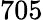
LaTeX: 705